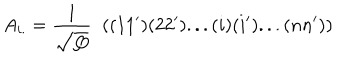
A _ { i . } = \frac { 1 } { \sqrt { Q } } \; \; ( ( 1 1 ^ { \prime } ) ( 2 2 ^ { \prime } ) . . . ( i ) ( i ^ { \prime } ) . . . ( n n ^ { \prime } ) )